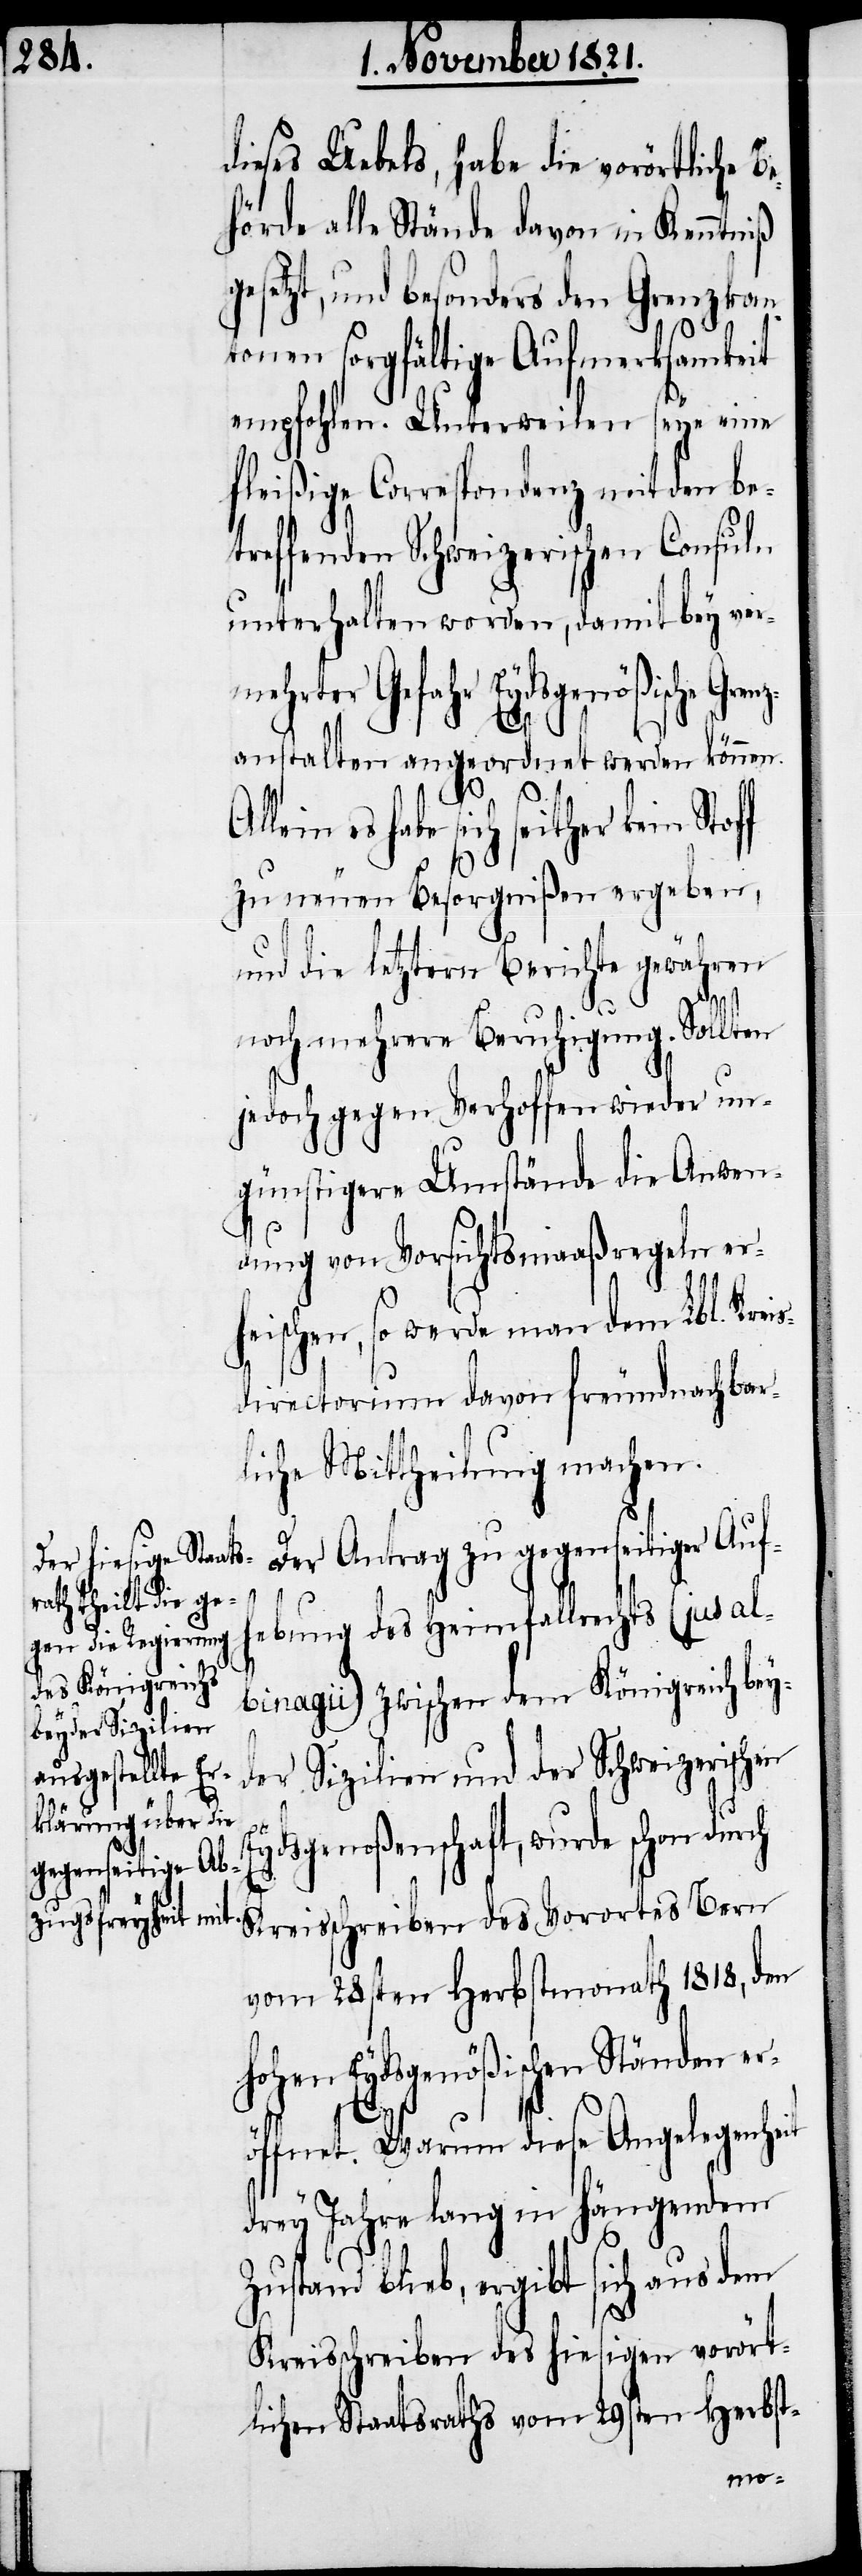
dieses Uebels, habe die vorörtliche B¬
ehörde alle Stände davon in Kenntniß
gesetzt, und besonders den Grenzkan¬
tonen sorgfältige Aufmerksamkeit
empfohlen. Unterweilen seye eine
fleißige Correspondenz mit den bet¬
reffenden Schweizerischen Consuln
unterhalten worden, damit bey ver¬
mehrter Gefahr Eydsgenößische
anstalten angeordnet werden können.
es habe sich seither kein
zu neuen Besorgnißen ergeben,
und die letztern Berichte gewähren
noch mehrere Beruhigung. Soll¬
jedoch gegen Verhoffen wieder un¬
günstigere Umstände die Anwen¬
dung von Vorsichtsmaaßregeln er¬
heischen, so werde man dem Lbl. Kre¬
directorium davon freundnachbar¬
liche Mittheilung machen.
Der Antrag zu gegenseitiger Aufh¬
ebung des Heimfallrechts (jus al¬
binagii) zwischen dem Königreich bey¬
Sizilien und der Schweizerischen
ds¬
genoßenschaft, wurde schon dur¬
Kreisschreiben des Vororts Bern
vom 28sten Herbstmonath 1818, den
hohen Eydsgenößischen Ständen er¬
ch
öffnet. Warum diese Angelegenheit
drey Jahre lang in hängendem
Zustand blieb, ergibt sich aus dem
Kreisschreiben des hiesigen vorört¬
lichen Staatsraths vom 29sten Herbst-
is¬